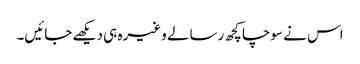
اس نے سوچا کچھ رسالے وغیرہ ہی دیکھے جائیں۔